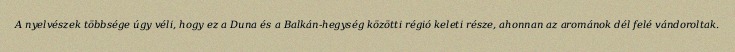
A nyelvészek többsége úgy véli, hogy ez a Duna és a Balkán-hegység közötti régió keleti része, ahonnan az arománok dél felé vándoroltak.